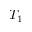
T _ { 1 }